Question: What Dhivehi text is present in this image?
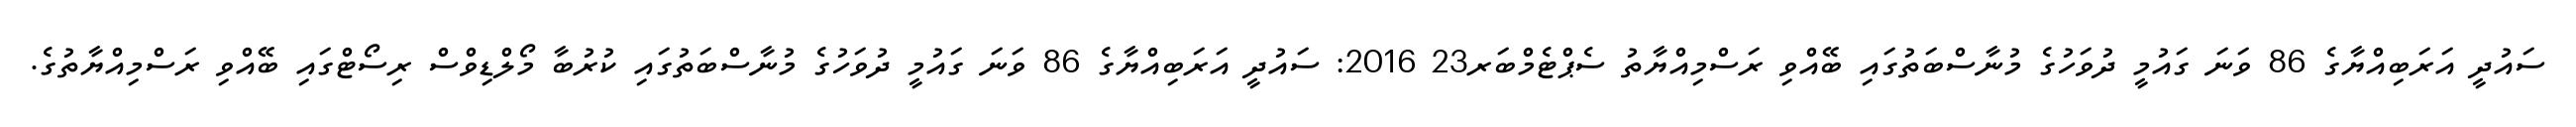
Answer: ސައުދީ އަރަބިއްޔާގެ 86 ވަނަ ގައުމީ ދުވަހުގެ މުނާސްބަތުގައި ބޭއްވި ރަސްމިއްޔާތު ސެޕްޓެމްބަރ23 2016: ސައުދީ އަރަބިއްޔާގެ 86 ވަނަ ގައުމީ ދުވަހުގެ މުނާސްބަތުގައި ކުރުބާ މޯލްޑިވްސް ރިސޯޓްގައި ބޭއްވި ރަސްމިއްޔާތުގެ.